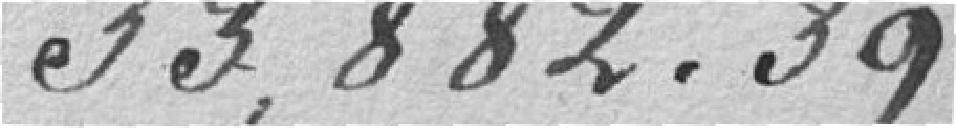
33882.39